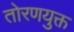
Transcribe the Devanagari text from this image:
तोरणयुक्त